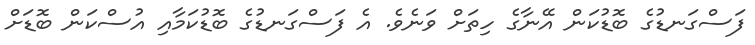
ފަސްގަނޑުގެ ބޮޑުކަން އޭނާގެ ހިތަށް ވަނެވެ. އެ ފަސްގަނޑުގެ ބޮޑުކަމާއި އުސްކަން ބޮޑަށް